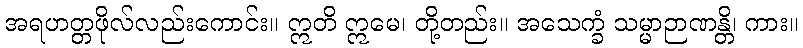
အရဟတ္တဖိုလ်လည်းကောင်း။ ဣတိ ဣမေ၊ တို့တည်း။ အသေက္ခံ သမ္မာဉာဏန္တိ၊ ကား။